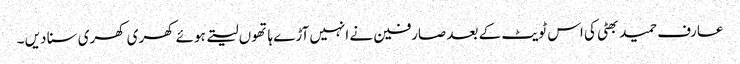
عارف حمید بھٹی کی اس ٹویٹ کے بعد صارفین نے انہیں آڑے ہاتھوں لیتے ہوئے کھری کھری سنا دیں ۔